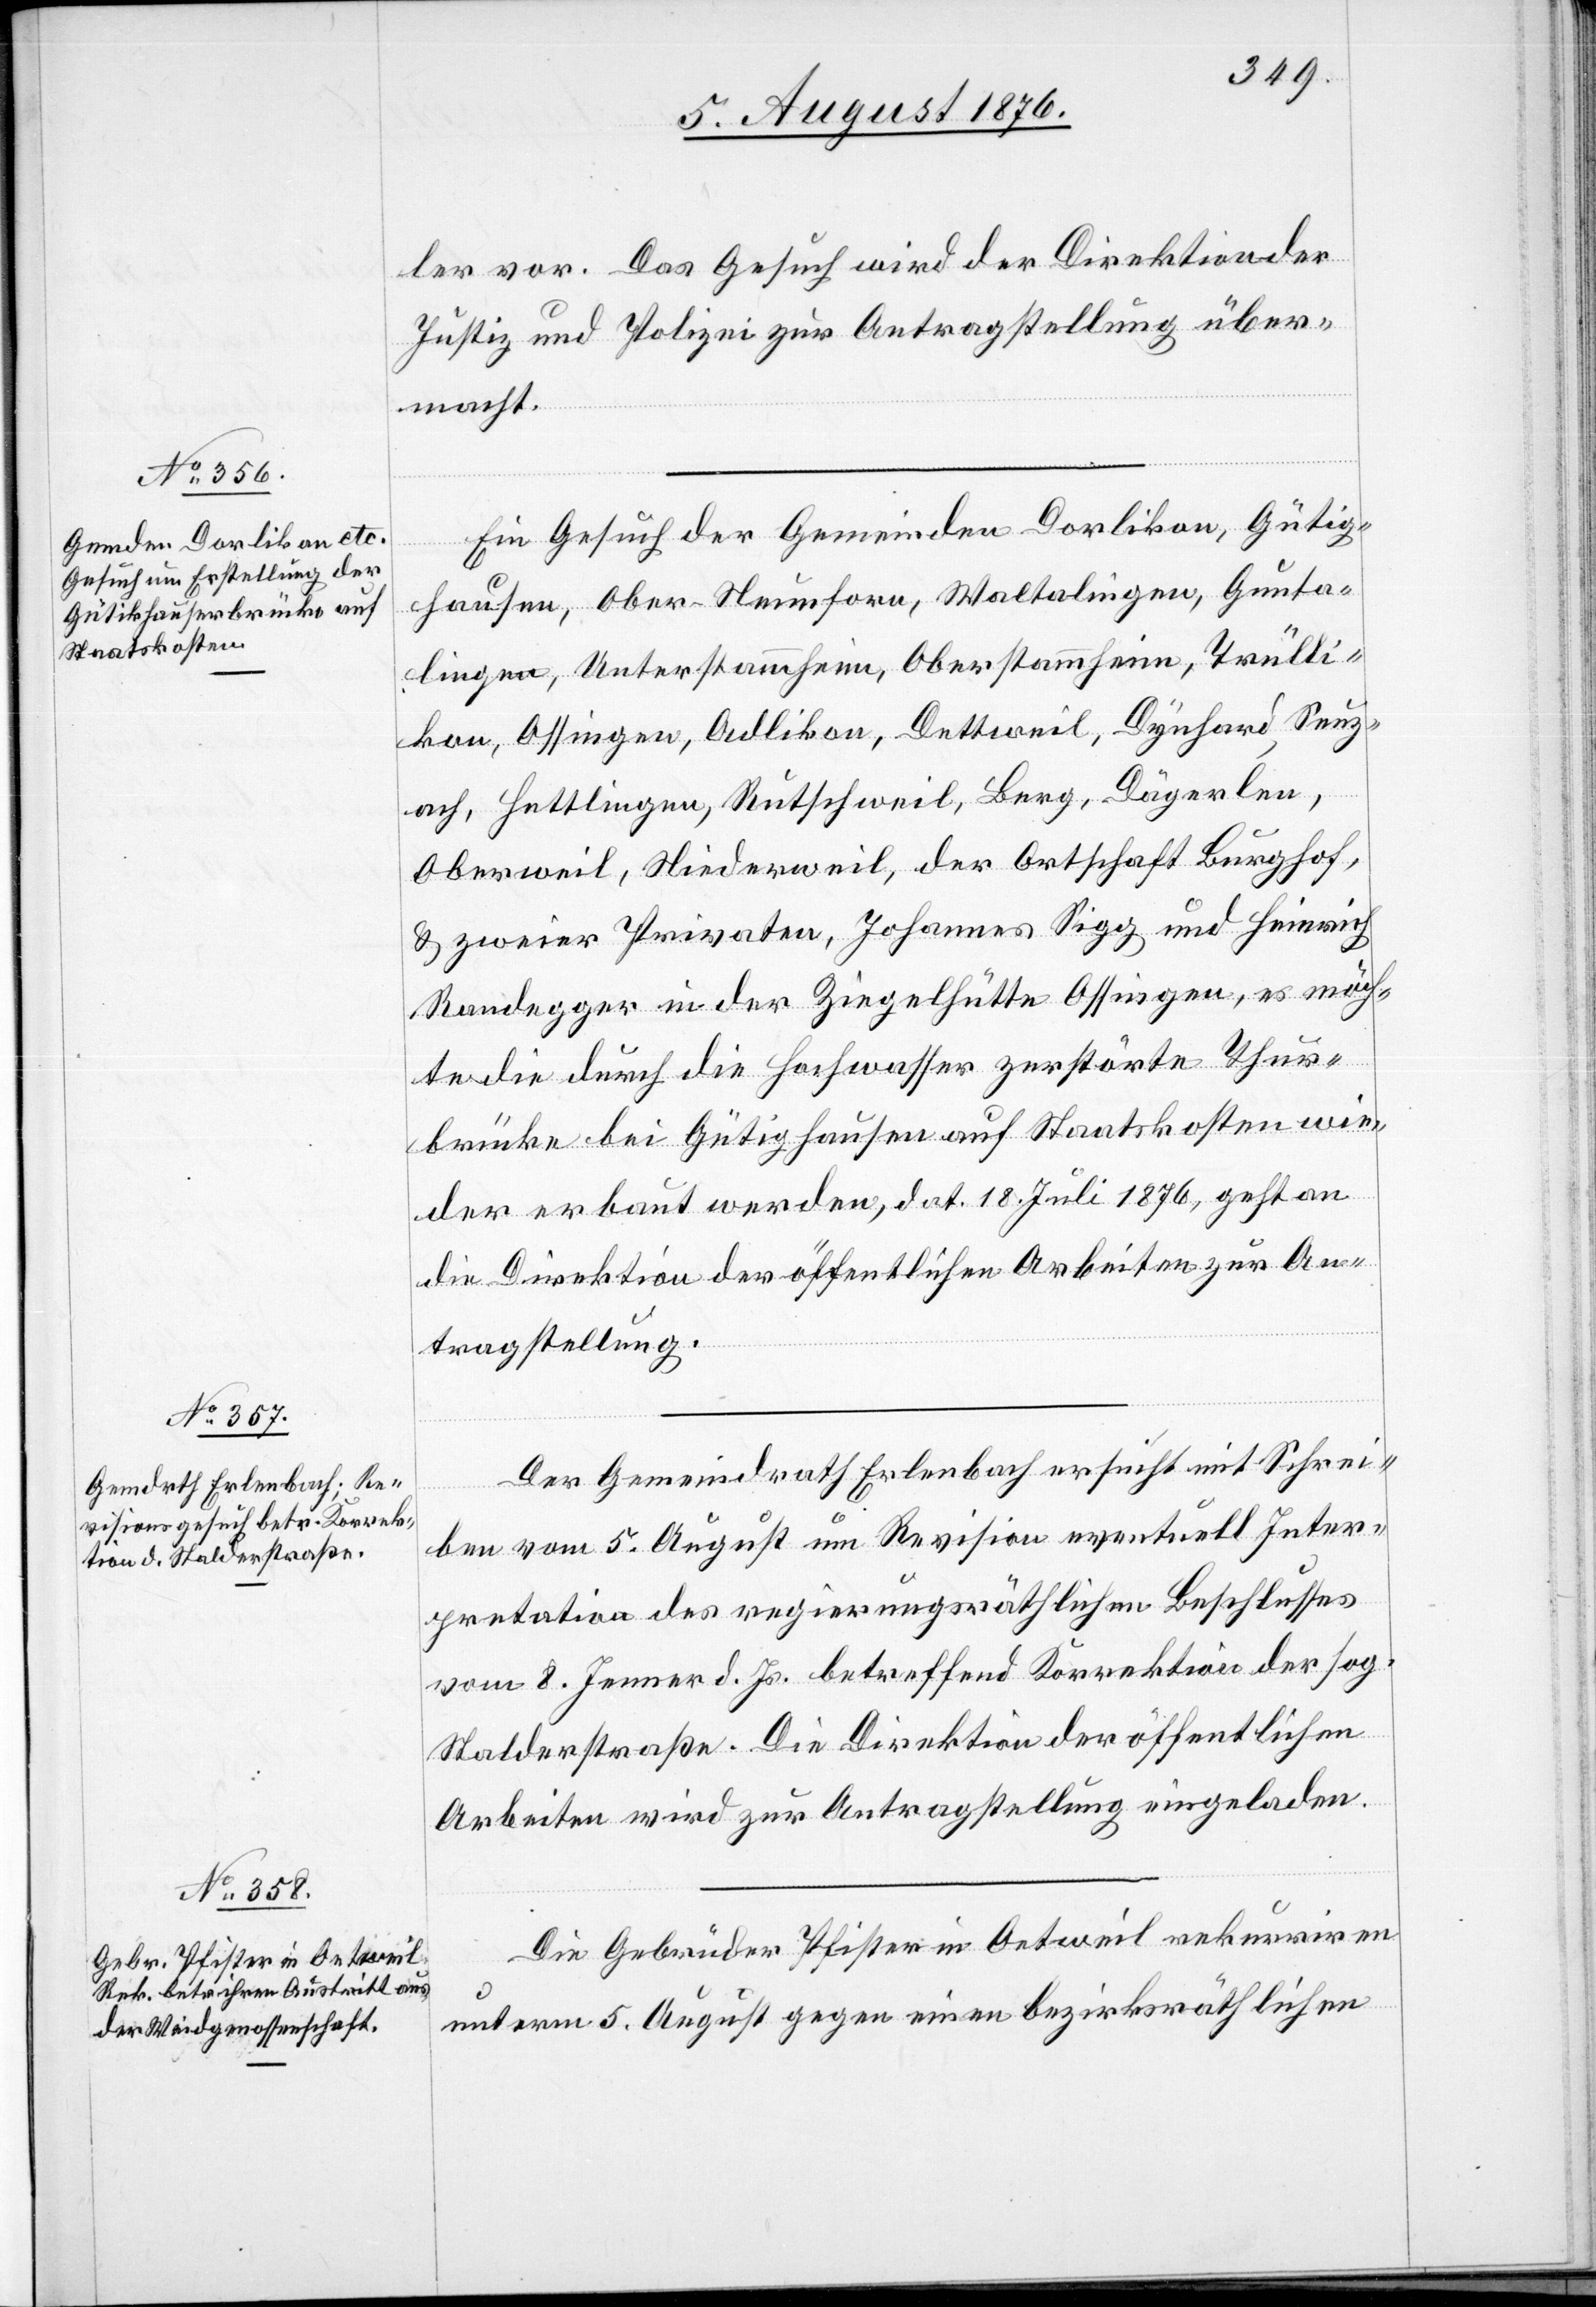
8. August 1876.]
ler vor. Das Gesuch wird der Direktion der
Justiz und Polizei zur Antragstellung über¬
macht.
Ein Gesuch der Gemeinden Dorlikon, Gütig¬
hausen [sic!], Ober-Neunforn, Waltalingen, Gunta¬
lingen, Unterstammheim, Oberstammheim, Trülli¬
kon, Ossingen, Adlikon, Dettweil, Dynhard, Seuz¬
ach, Hettlingen, Rutschweil, Berg, Dägerlen,
Oberweil, Niederweil, der Ortschaft Burghof,
& zweier Privaten, Johannes Sigg und Heinrich
Randegger in der Ziegelhütte Ossingen, es möch¬
te die durch die Hochwasser zerstörte Thur¬
brücke bei Gütighausen auf Staatskosten wie¬
der erbaut werden, dat. 18. Juli 1876, geht an
die Direktion der öffentlichen Arbeiten zur An¬
tragstellung.
Der Gemeindrath Erlenbach ersucht mit Schrei¬
ben vom 5. August um Revision eventuell Inter¬
pretation des regierungsräthlichen Beschlusses
vom 8. Jenner d. Js. betreffend Korrektion der sog.
Stalderstraße. Die Direktion der öffentlichen
Arbeiten wird zur Antragstellung eingeladen.
Die Gebrüder Pfister in Oetweil rekurriren
unterm 5. August gegen einen bezirksräthlichen